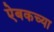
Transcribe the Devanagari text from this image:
ऐबकच्या